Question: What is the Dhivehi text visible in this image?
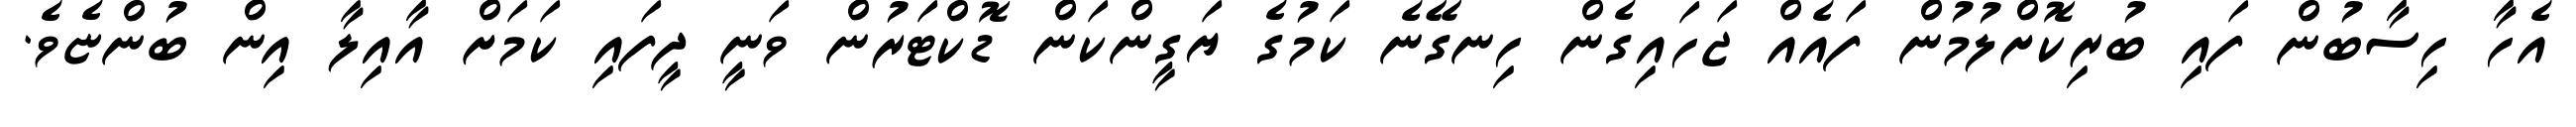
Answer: އެހާ ހިސާބުން ފައި ބުރިކޮށްލުމުން ފައެއް ޖަހައިގެން ހިނގޭނެ ކަމުގެ ޔަގީންކަން ޑޮކްޓަރުން ވަނީ ދީފައި ކަމަށް އާއިލާ އިން ބުންޏެވެ.